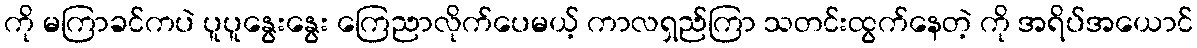
ကို မကြာခင်ကပဲ ပူပူနွေးနွေး ကြေညာလိုက်ပေမယ့် ကာလရှည်ကြာ သတင်းထွက်နေတဲ့ ကို အရိပ်အယောင်